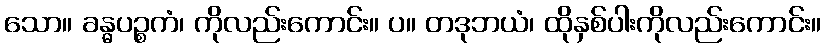
သော။ ခန္ဓပဉ္စကံ၊ ကိုလည်းကောင်း။ ပ။ တဒုဘယံ၊ ထိုနှစ်ပါးကိုလည်းကောင်း။